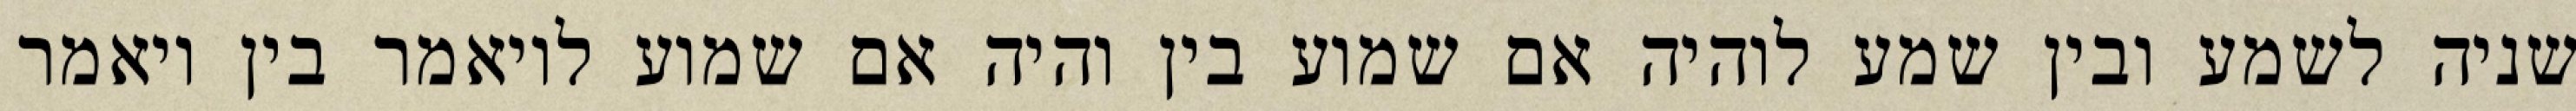
שניה לשמע ובין שמע לוהיה אם שמוע בין והיה אם שמוע לויאמר בין ויאמר